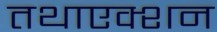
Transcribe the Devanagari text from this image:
तथाएक्शन